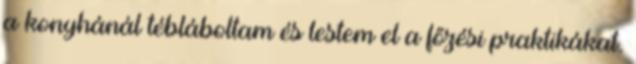
a konyhánál tébláboltam és lestem el a főzési praktikákat.